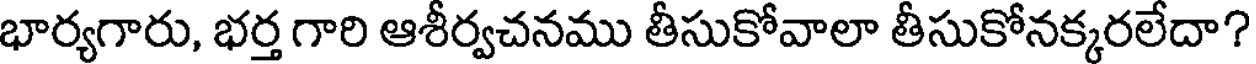
భార్యగారు, భర్త గారి ఆశీర్వచనము తీసుకోవాలా తీసుకోనక్కరలేదా?